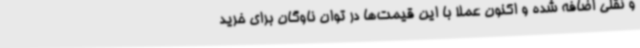
و نقلی اضافه شده و اکنون عملا با این قیمت‌ها در توان ناوگان برای خرید